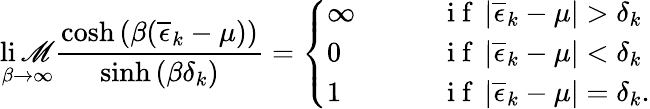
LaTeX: \operatorname*{li\mathscr{M}}_{\beta\to\infty}\frac{{\cosh\left(\beta(\overline{{{\epsilon}}}_{k}-\mu)\right)}}{{\sinh\left(\beta\delta_{k}\right)}}=\left\{ \begin{array}{ll}{\infty\qquad}&{\mathrm{~i~f~}\left|\overline{{\epsilon}}_{k}-\mu\right|>\delta_{k}}\\ {0\qquad}&{\mathrm{~i~f~}\left|\overline{{\epsilon}}_{k}-\mu\right|<\delta_{k}}\\ {1\qquad}&{\mathrm{~i~f~}\left|\overline{{\epsilon}}_{k}-\mu\right|=\delta_{k}.}\end{array}\right.